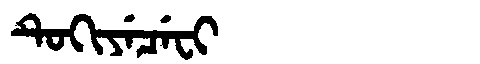
Manchu: ᡨᡠᡴᡳᠶᡝᠴᡝᠸᡳ
Romanization: TUKIYECEFI